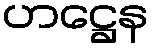
ဟဋ္ဌေန